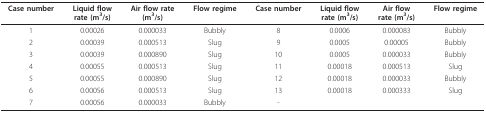
<table><thead><tr><td><b>Case number</b></td><td><b>Liquid flow rate (m<sup>3</sup>/s)</b></td><td><b>Air flow rate (m<sup>3</sup>/s)</b></td><td><b>Flow regime</b></td><td><b>Case number</b></td><td><b>Liquid flow rate (m<sup>3</sup>/s)</b></td><td><b>Air flow rate (m<sup>3</sup>/s)</b></td><td><b>Flow regime</b></td></tr></thead><tbody><tr><td>1</td><td>0.00026</td><td>0.000033</td><td>Bubbly</td><td>8</td><td>0.0006</td><td>0.000083</td><td>Bubbly</td></tr><tr><td>2</td><td>0.00039</td><td>0.000513</td><td>Slug</td><td>9</td><td>0.0005</td><td>0.00005</td><td>Bubbly</td></tr><tr><td>3</td><td>0.00039</td><td>0.000890</td><td>Slug</td><td>10</td><td>0.0005</td><td>0.000033</td><td>Bubbly</td></tr><tr><td>4</td><td>0.00055</td><td>0.000513</td><td>Slug</td><td>11</td><td>0.00018</td><td>0.000513</td><td>Slug</td></tr><tr><td>5</td><td>0.00055</td><td>0.000890</td><td>Slug</td><td>12</td><td>0.00018</td><td>0.000033</td><td>Bubbly</td></tr><tr><td>6</td><td>0.00056</td><td>0.000513</td><td>Slug</td><td>13</td><td>0.00018</td><td>0.000333</td><td>Slug</td></tr><tr><td>7</td><td>0.00056</td><td>0.000033</td><td>Bubbly</td><td>-</td><td>[EMPTY_CELL]</td><td>[EMPTY_CELL]</td><td>[EMPTY_CELL]</td></tr></tbody></table>